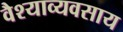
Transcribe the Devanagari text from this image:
वैश्याव्यवसाय